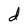
Character: d